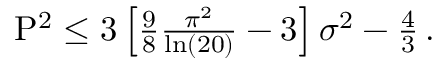
\begin{array} { r } { \mathrm { P } ^ { 2 } \leq 3 \left[ \frac { 9 } { 8 } \frac { \pi ^ { 2 } } { \ln ( 2 0 ) } - 3 \right] \sigma ^ { 2 } - \frac { 4 } { 3 } \, . } \end{array}